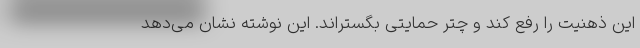
این ذهنیت را رفع کند و چتر حمایتی بگستراند. این نوشته نشان می‌دهد